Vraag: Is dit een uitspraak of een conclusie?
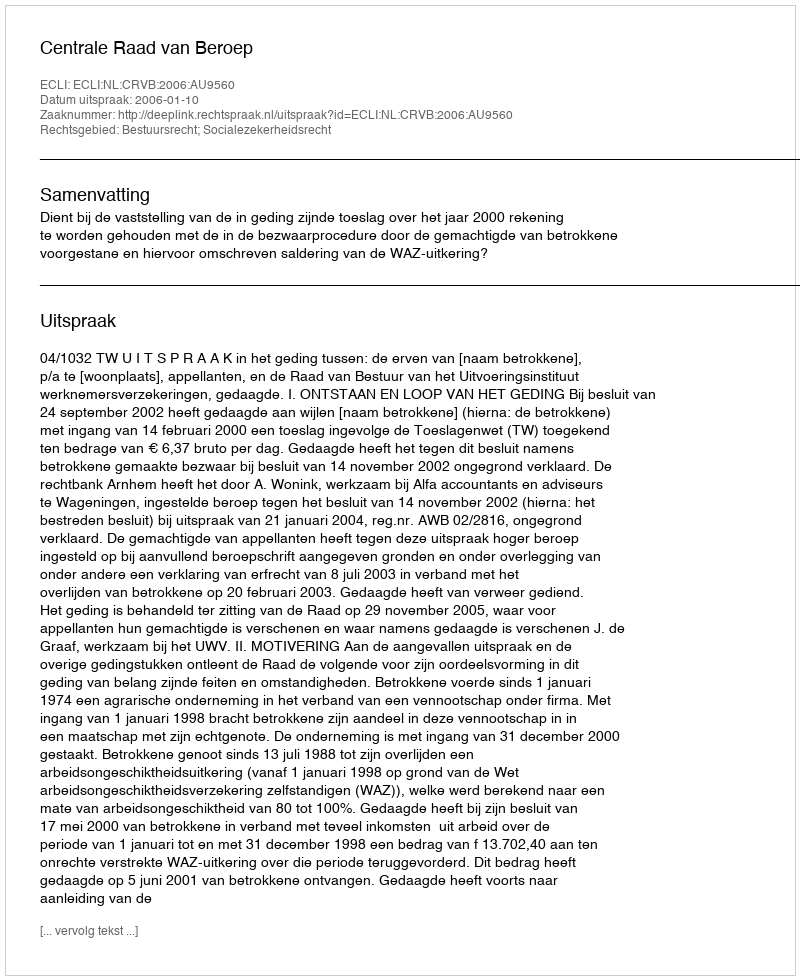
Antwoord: Uitspraak